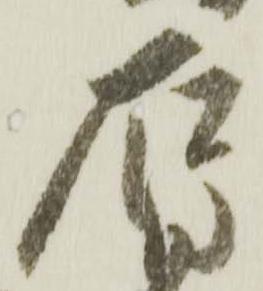
石